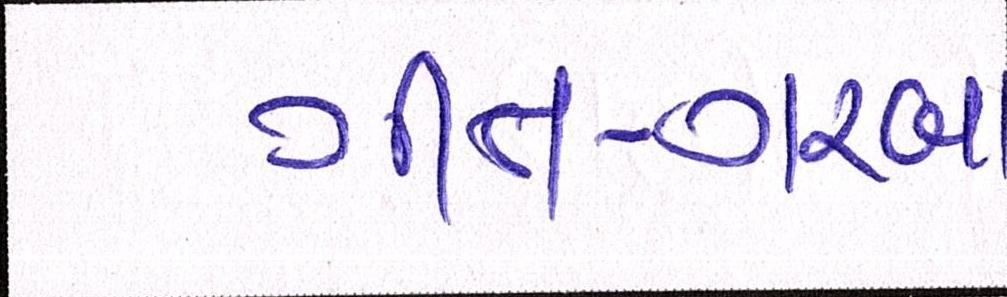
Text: ગીત-ગરબા